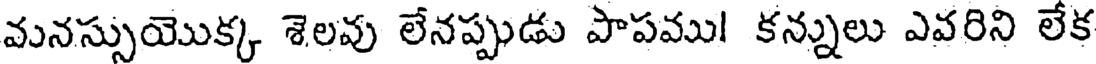
వునస్సుయొక్క శెలవు లేనప్పుడు పాపము! కన్నులు ఎవరిని లేక